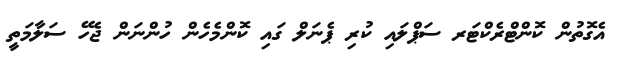
އެގޮތުން ކޮންޓްރެކްޓަރ ސަޕްލައި ކުރި ޕެނަލް ގައި ކޮންމެހެން ހުންނަން ޖެހޭ ސަލާމަތީ